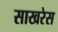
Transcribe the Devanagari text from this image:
साखरेस